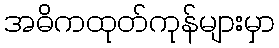
အဓိကထုတ်ကုန်များမှာ